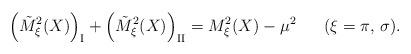
LaTeX: \begin{align*}\left( \tilde{M}_\xi^2 (X) \right)_{\mbox{\scriptsize{I}}} + \left( \tilde{M}_\xi^2 (X) \right)_{\mbox{\scriptsize{II}}} = M_\xi^2 (X) - \mu^2 \;\;\;\;\;\; (\xi = \pi, \, \sigma) . \end{align*}